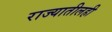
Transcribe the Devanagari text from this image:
राज्यातीलही